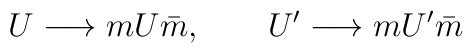
U \longrightarrow m U \bar{m},~~~~~~U' \longrightarrow m U' \bar{m}